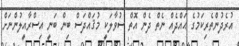
އުރެދުންތެރިކަމުގެ ޙައްދެއް ނެތް ދެން އޮތް ސުވާލަކީ މުޤައްދަސް ބިން ބަނީ އިސްރާއީލުންނަށް